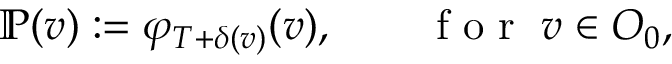
\mathbb { P } ( v ) : = \varphi _ { T + \delta ( v ) } ( v ) , \qquad \mathrm { ~ f ~ o ~ r ~ } \; v \in O _ { 0 } ,